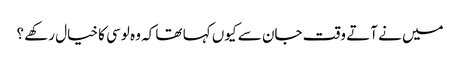
میں نے آتے وقت جان سے کیوں کہا تھا کہ وہ لوسی کا خیال رکھے ؟